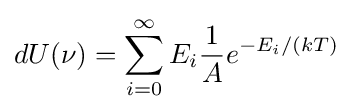
dU(\nu )=\sum _{i=0}^{\infty }E_{i}{\frac {1}{A}}e^{-E_{i}/(kT)}